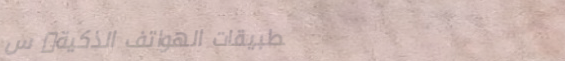
تطبيقات الهواتف الذكية: س